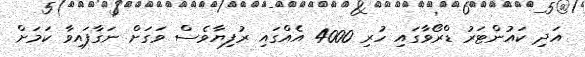
އަދި ކައުންޓަރު ޑްރޯވާގައި ހުރި 4000 އެއްގައި ރުފިޔާވެސް ވަގަށް ނަގާފައިވާ ކަމަށް